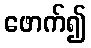
ဖောက်၍